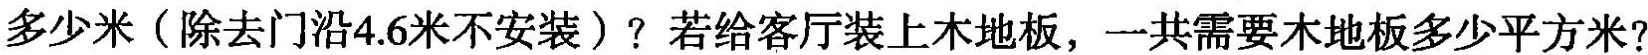
多少米(除去门沿4.6米不安装)?若给客厅装上木地板，一共需要木地板多少平方米?